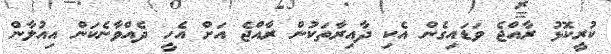
ކުރީކޮޅު ރާއްޖެ ވަޑައިގެން އެކި ދާއިރާތަކުން ރާއްޖެ އަށް އެހީ ދެއްވާނެކަން އިއުލާން